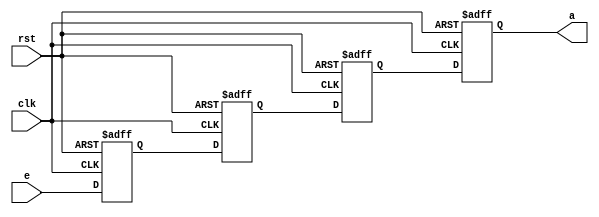
module test3_shift
(	input clk,rst,e,
	output reg a);

reg b,c,d;

always @(posedge clk, negedge rst)
begin
	if(!rst)
		{a,b,c,d} <= 4'b0000;
	else
	begin
		d <= e;
		c <= d;
		b <= c;
		a <= b;
	end
end

endmodule